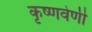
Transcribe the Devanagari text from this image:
कृष्णवेणी